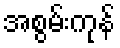
အစွမ်းကုန်